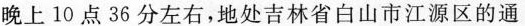
晚上10点36分左右，地处吉林省白山市江源区的通